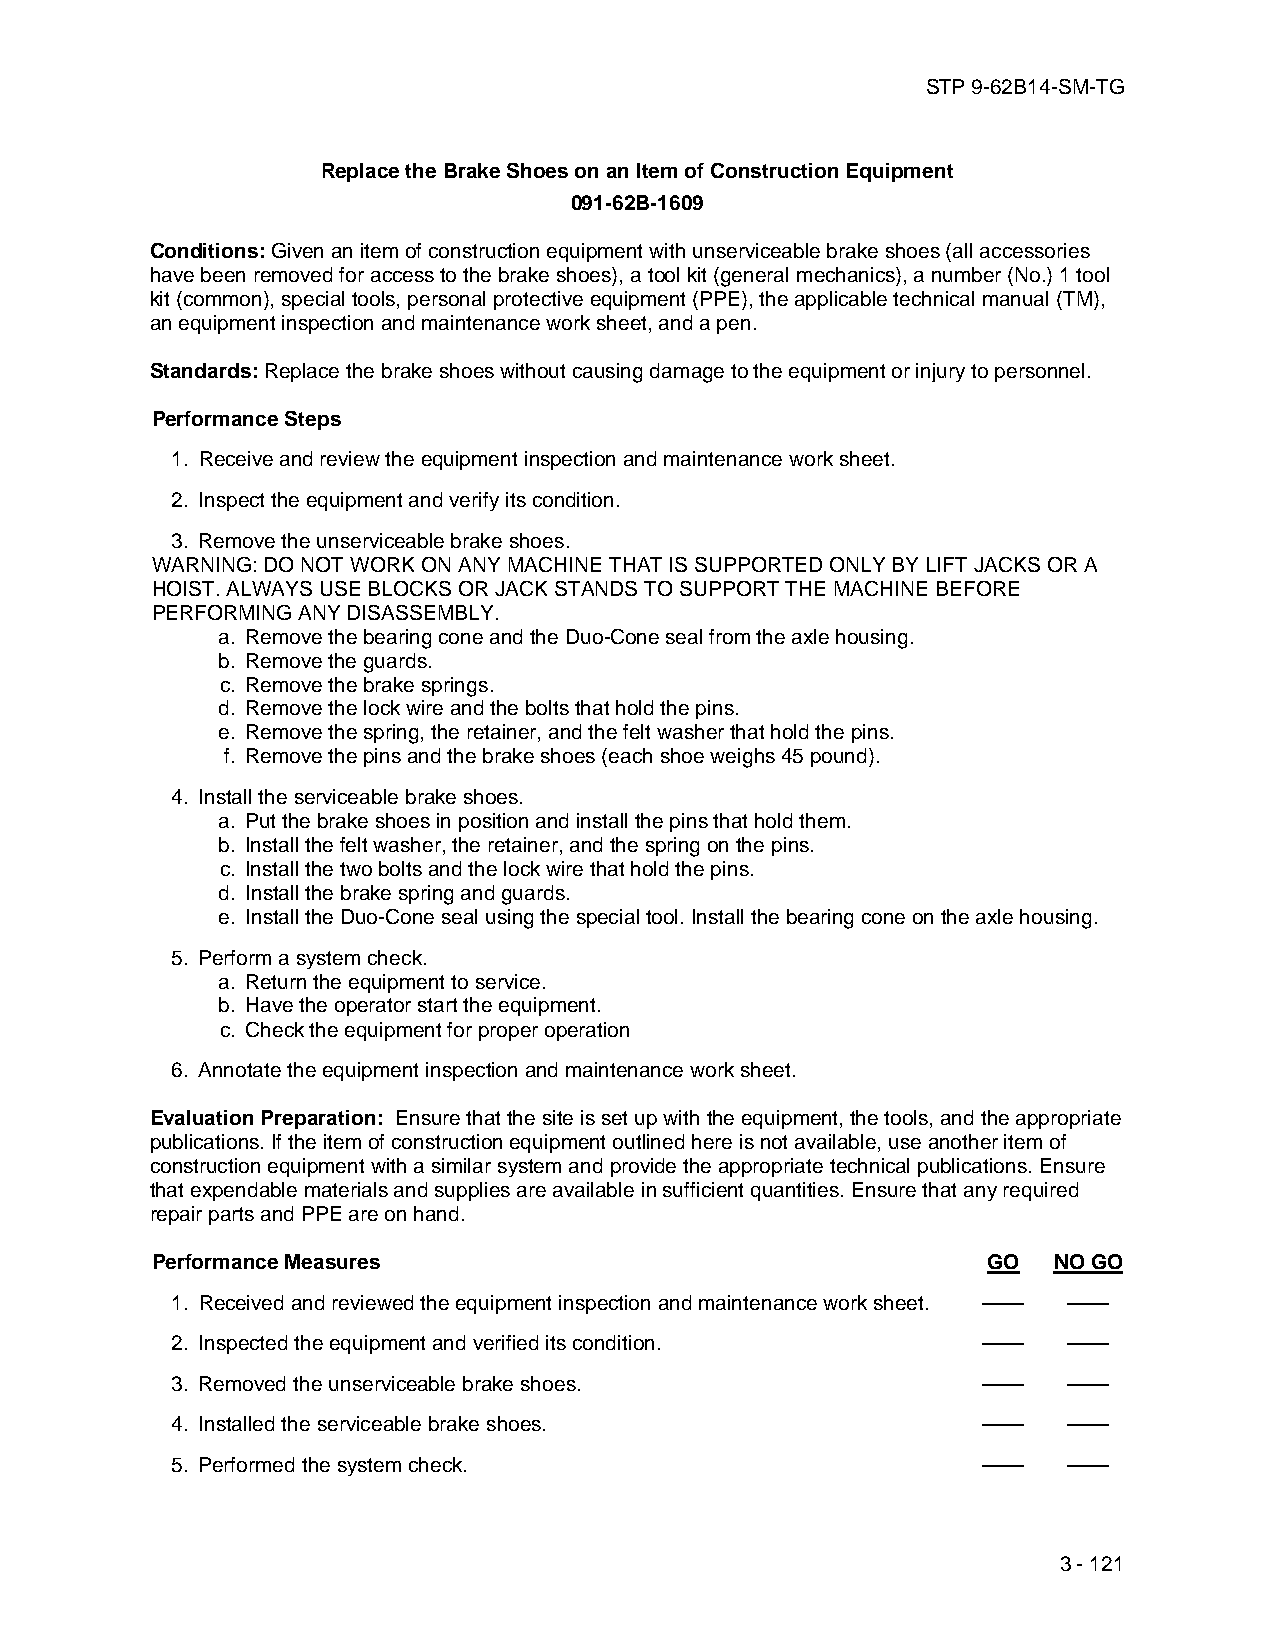
STP 9-62B14-SM-TG
 Replace the Brake Shoes on an Item of Construction Equipment
 091-62B-1609
 Conditions: Given an item of construction equipment with unserviceable brake shoes (all accessories
 have been removed for access to the brake shoes), a tool kit (general mechanics), a number (No.) 1 tool
 kit (common), special tools, personal protective equipment (PPE), the applicable technical manual (TM),
 an equipment inspection and maintenance work sheet, and a pen.
 Standards: Replace the brake shoes without causing damage to the equipment or injury to personnel.
 Performance Steps
 1. Receive and review the equipment inspection and maintenance work sheet.
 2. Inspect the equipment and verify its condition.
 3. Remove the unserviceable brake shoes.
 WARNING: DO NOT WORK ON ANY MACHINE THAT IS SUPPORTED ONLY BY LIFT JACKS OR A
 HOIST. ALWAYS USE BLOCKS OR JACK STANDS TO SUPPORT THE MACHINE BEFORE
 PERFORMING ANY DISASSEMBLY.
 a. Remove the bearing cone and the Duo-Cone seal from the axle housing.
 b. Remove the guards.
 c. Remove the brake springs.
 d. Remove the lock wire and the bolts that hold the pins.
 e. Remove the spring, the retainer, and the felt washer that hold the pins.
 f. Remove the pins and the brake shoes (each shoe weighs 45 pound).
 4. Install the serviceable brake shoes.
 a. Put the brake shoes in position and install the pins that hold them.
 b. Install the felt washer, the retainer, and the spring on the pins.
 c. Install the two bolts and the lock wire that hold the pins.
 d. Install the brake spring and guards.
 e. Install the Duo-Cone seal using the special tool. Install the bearing cone on the axle housing.
 5. Perform a system check.
 a. Return the equipment to service.
 b. Have the operator start the equipment.
 c. Check the equipment for proper operation
 6. Annotate the equipment inspection and maintenance work sheet.
 Evaluation Preparation: Ensure that the site is set up with the equipment, the tools, and the appropriate
 publications. If the item of construction equipment outlined here is not available, use another item of
 construction equipment with a similar system and provide the appropriate technical publications. Ensure
 that expendable materials and supplies are available in sufficient quantities. Ensure that any required
 repair parts and PPE are on hand.
 Performance Measures                                   GO   NO GO
 1. Received and reviewed the equipment inspection and maintenance work sheet. —— ——
 2. Inspected the equipment and verified its condition. ——   ——
 3. Removed the unserviceable brake shoes.             ——    ——
 4. Installed the serviceable brake shoes.             ——    ——
 5. Performed the system check.                        ——    ——
 3 - 121